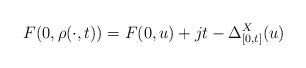
LaTeX: \begin{align*}F(0,\rho(\cdot,t)) = F(0,u) + jt - \Delta^X_{[0,t]} (u)\end{align*}